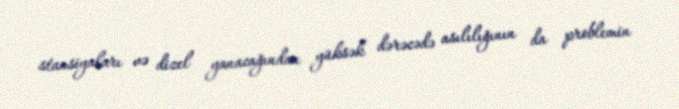
stansiyaları və dizel yanacağından yüksək dərəcədə asılılığının da problemin